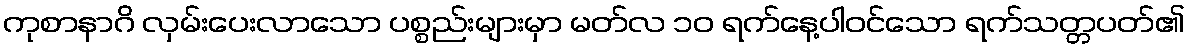
ကုစာနာဂိ လှမ်းပေးလာသော ပစ္စည်းများမှာ မတ်လ ၁၀ ရက်နေ့ပါဝင်သော ရက်သတ္တပတ်၏